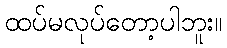
ထပ်မလုပ်တော့ပါဘူး။